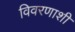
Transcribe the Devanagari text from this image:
विवरणाशी